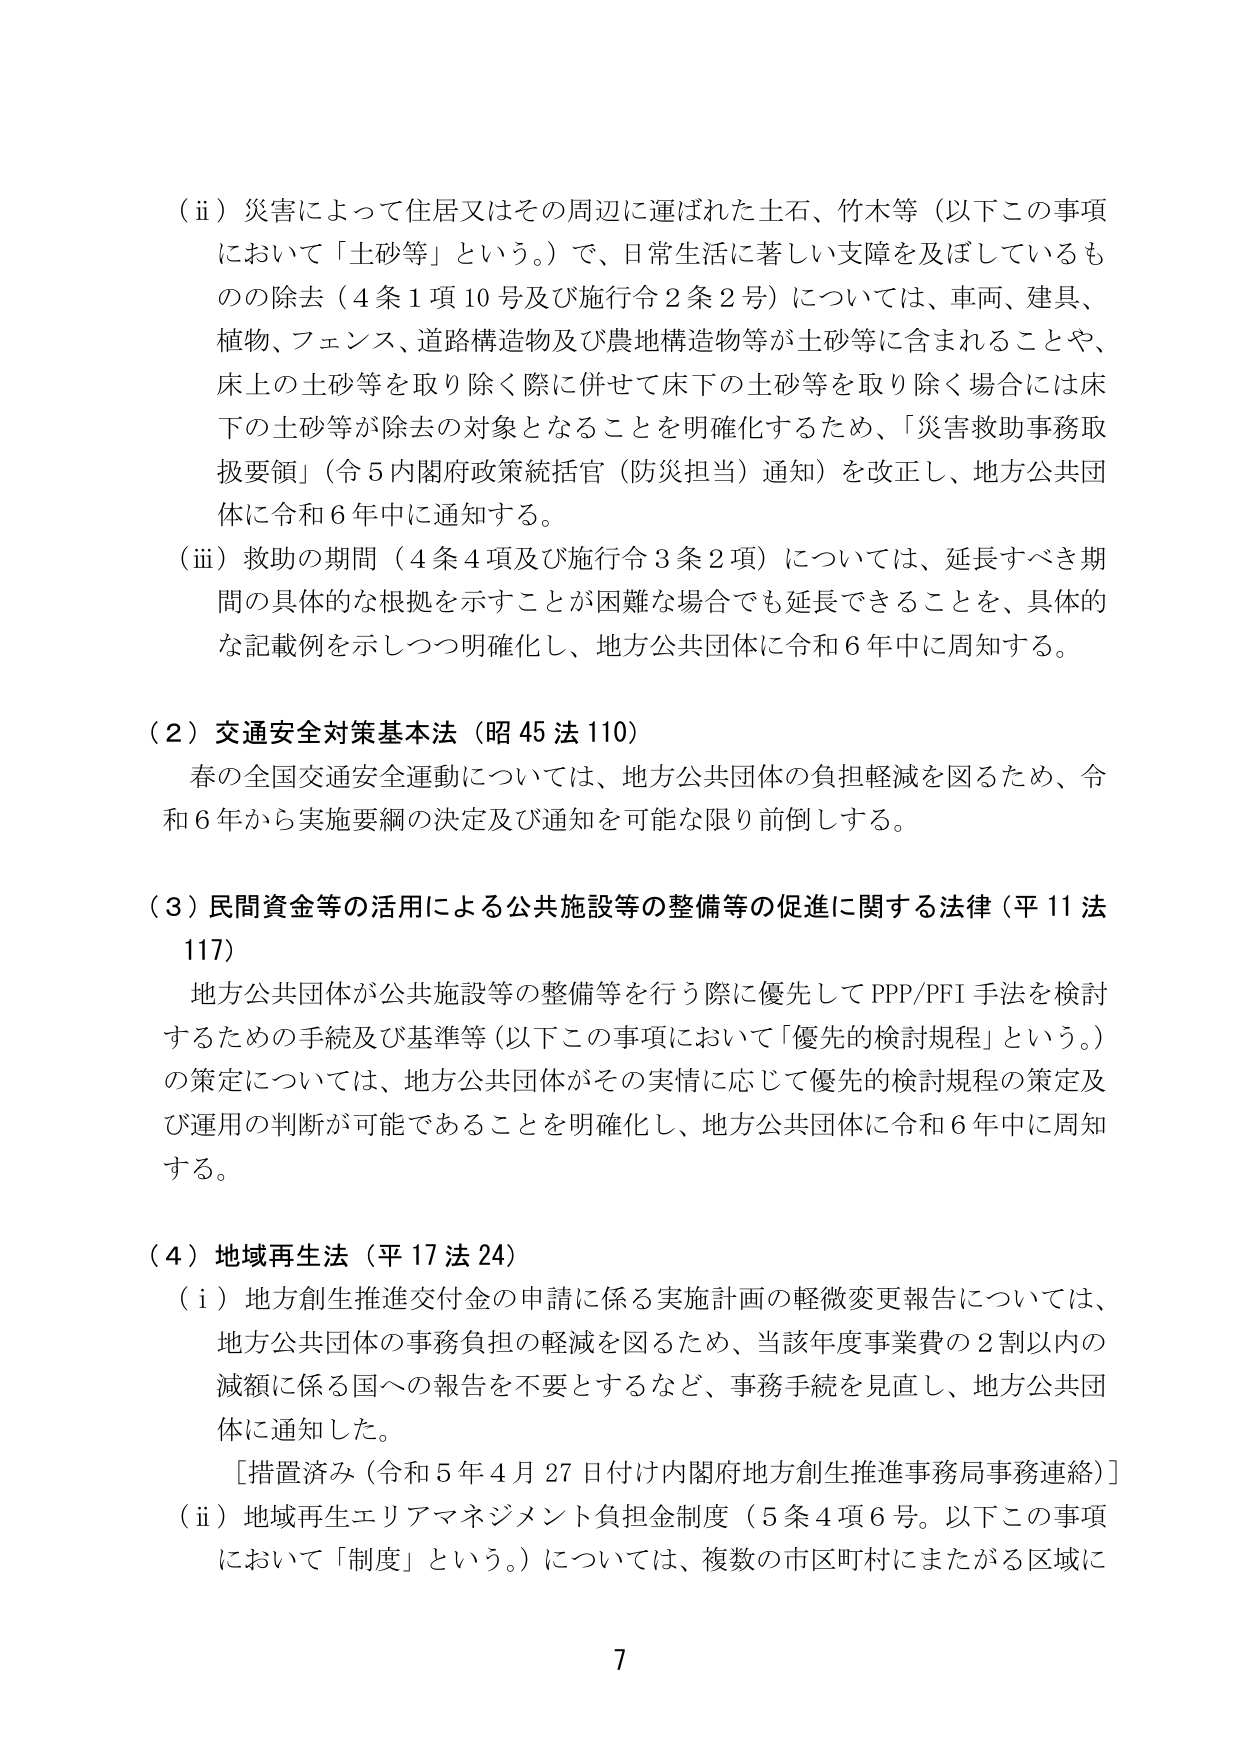
（ii）災害によって住居又はその周辺に運ばれた土石、竹木等（以下この事項において「土砂等」という。）で、日常生活に著しい支障を及ぼしているものの除去（4条1項10号及び施行令2条2号）については、車両、建具、植物、フェンス、道路構造物及び農地構造物等が土砂等に含まれることや、床上の土砂等を取り除く際に併せて床下の土砂等を取り除く場合には床下の土砂等が除去の対象となることを明確化するため、「災害救助事務取扱要領」（令5内閣府政策統括官（防災担当）通知）を改正し、地方公共団体に令和6年中に通知する。

（iii）救助の期間（4条4項及び施行令3条2項）については、延長すべき期間の具体的な根拠を示すことが困難な場合でも延長できることを、具体的な記載例を示しつつ明確化し、地方公共団体に令和6年中に周知する。

（2）交通安全対策基本法（昭45法110）
春の全国交通安全運動については、地方公共団体の負担軽減を図るため、令和6年から実施要綱の決定及び通知を可能な限り前倒しする。

（3）民間資金等の活用による公共施設等の整備等の促進に関する法律（平11法117）
地方公共団体が公共施設等の整備等を行う際に優先してPPP/PFI手法を検討するための手続及び基準等（以下この事項において「優先的検討規程」という。）の策定については、地方公共団体がその実情に応じて優先的検討規程の策定及び運用の判断が可能であることを明確化し、地方公共団体に令和6年中に周知する。

（4）地域再生法（平17法24）
（i）地方創生推進交付金の申請に係る実施計画の軽微変更報告については、地方公共団体の事務負担の軽減を図るため、当該年度事業費の2割以内の減額に係る国への報告を不要とするなど、事務手続を見直し、地方公共団体に通知した。
［措置済み（令和5年4月27日付け内閣府地方創生推進事務局事務連絡）］
（ii）地域再生エリアマネジメント負担金制度（5条4項6号。以下この事項において「制度」という。）については、複数の市区町村にまたがる区域に

7